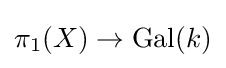
\pi _{1}(X)\to \operatorname {Gal} (k)